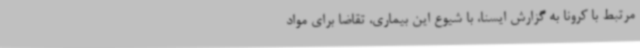
مرتبط با کرونا به گزارش ایسنا، با شیوع این بیماری، تقاضا برای مواد